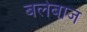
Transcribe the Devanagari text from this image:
बलेबाज